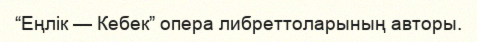
“Еңлік — Кебек” опера либреттоларының авторы.